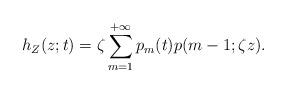
LaTeX: \begin{align*} h_Z(z;t)=\zeta \sum_{m=1}^{+\infty} p_m(t) p(m-1;\zeta z). \end{align*}